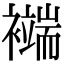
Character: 𧞖